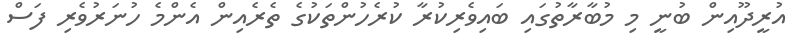
އުރީދޫއިން ބުނީ މި މުބާރާތުގައި ބައިވެރިކުރާ ކުރެހުންތަކުގެ ތެރެއިން އެންމެ ހުނަރުވެރި ފަސް